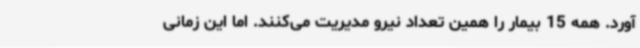
‌آورد. همه 15 بیمار را همین تعداد نیرو مدیریت می‌کنند. اما این زمانی